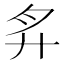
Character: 𢌳